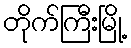
တိုက်ကြီးမြို့